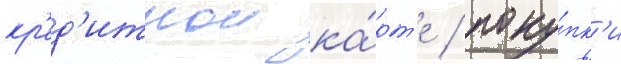
кр'ед'итнои ка́рт'е / поку́пк'и